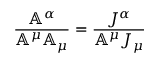
\frac { \mathbb { A } ^ { \alpha } } { \mathbb { A } ^ { \mu } \mathbb { A } _ { \mu } } = \frac { J ^ { \alpha } } { \mathbb { A } ^ { \mu } J _ { \mu } }